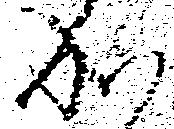
成